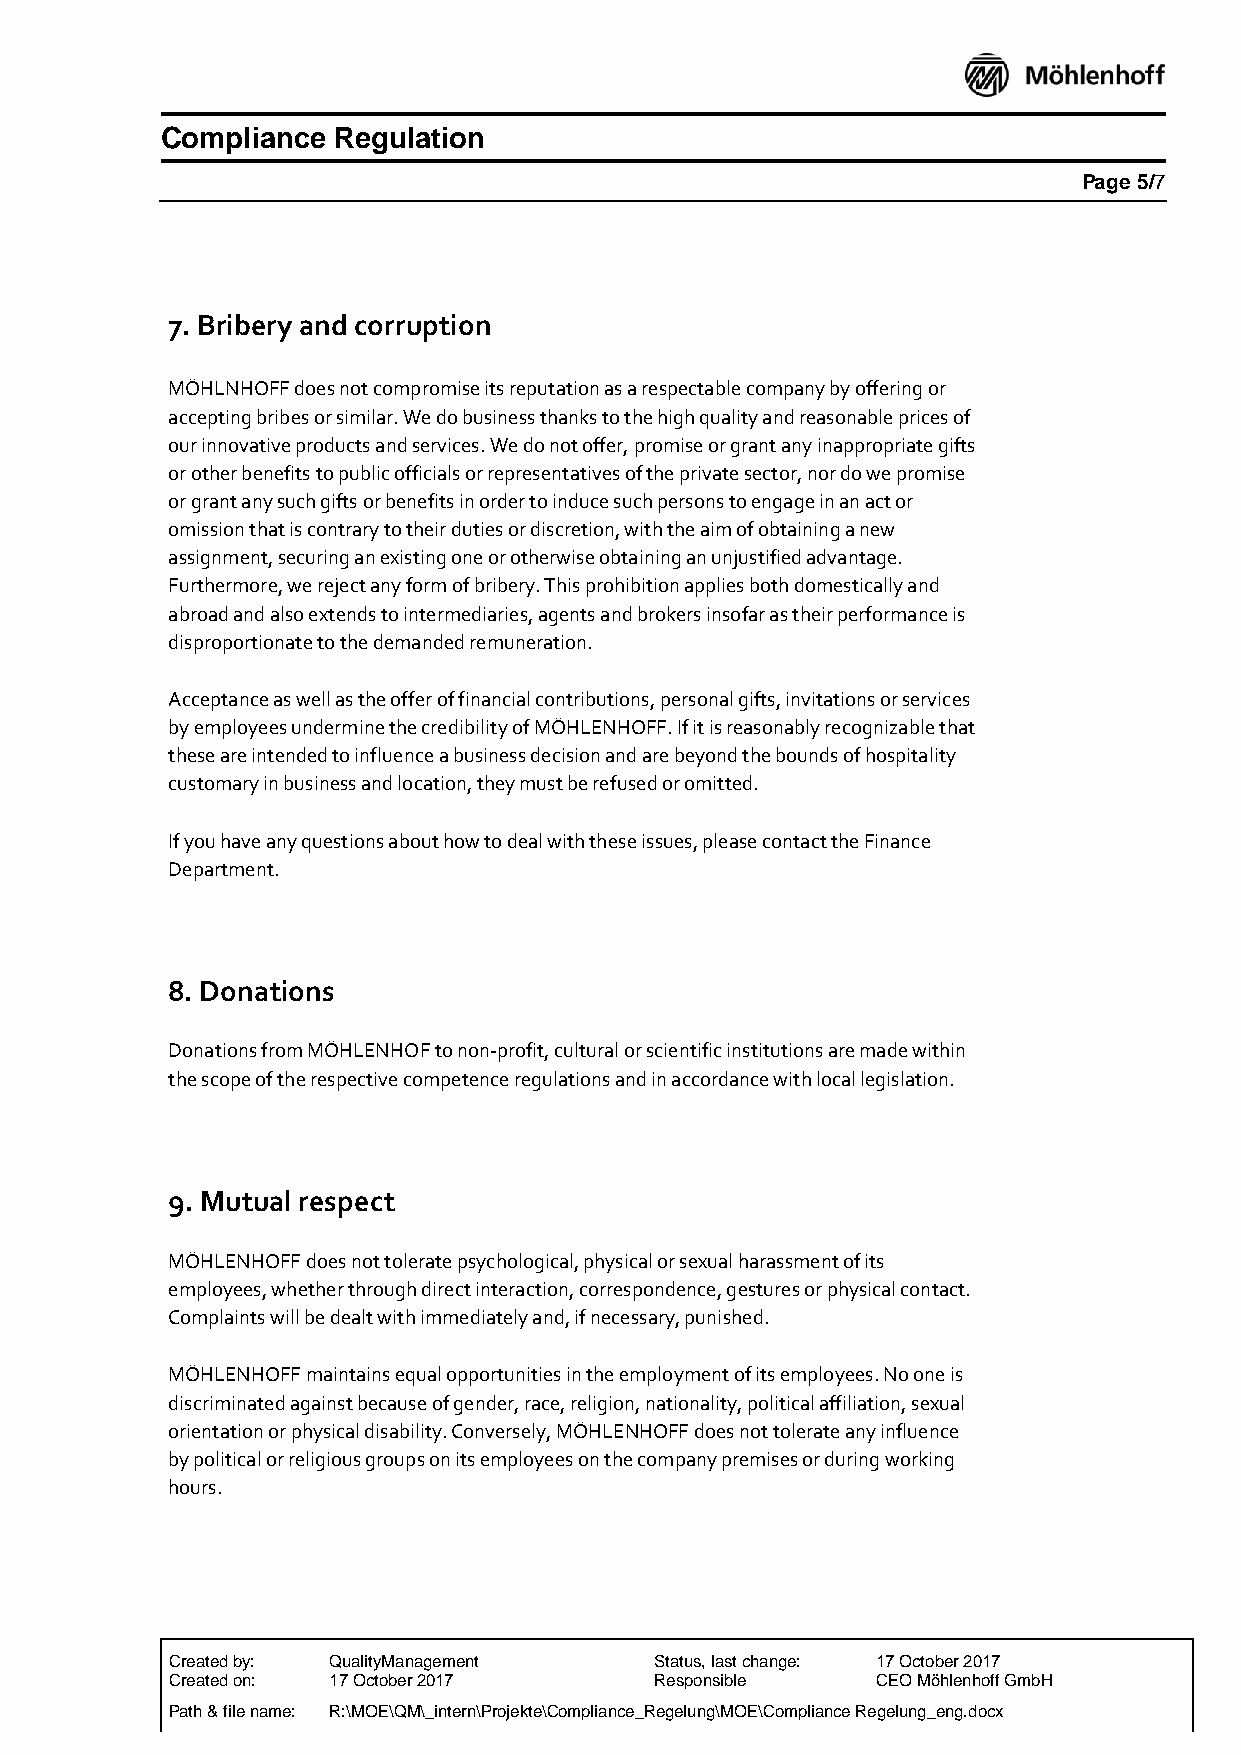
Compliance Regulation
 Page 5/7
 7. Bribery and corruption
 MÖHLNHOFF does not compromise its reputation as a respectable company by offering or
 accepting bribes or similar. We do business thanks to the high quality and reasonable prices of
 our innovative products and services. We do not offer, promise or grant any inappropriate gifts
 or other benefits to public officials or representatives of the private sector, nor do we promise
 or grant any such gifts or benefits in order to induce such persons to engage in an act or
 omission that is contrary to their duties or discretion, with the aim of obtaining a new
 assignment, securing an existing one or otherwise obtaining an unjustified advantage.
 Furthermore, we reject any form of bribery. This prohibition applies both domestically and
 abroad and also extends to intermediaries, agents and brokers insofar as their performance is
 disproportionate to the demanded remuneration.
 Acceptance as well as the offer of financial contributions, personal gifts, invitations or services
 by employees undermine the credibility of MÖHLENHOFF. If it is reasonably recognizable that
 these are intended to influence a business decision and are beyond the bounds of hospitality
 customary in business and location, they must be refused or omitted.
 If you have any questions about how to deal with these issues, please contact the Finance
 Department.
 8. Donations
 Donations from MÖHLENHOF to non-profit, cultural or scientific institutions are made within
 the scope of the respective competence regulations and in accordance with local legislation.
 9. Mutual respect
 MÖHLENHOFF does not tolerate psychological, physical or sexual harassment of its
 employees, whether through direct interaction, correspondence, gestures or physical contact.
 Complaints will be dealt with immediately and, if necessary, punished.
 MÖHLENHOFF maintains equal opportunities in the employment of its employees. No one is
 discriminated against because of gender, race, religion, nationality, political affiliation, sexual
 orientation or physical disability. Conversely, MÖHLENHOFF does not tolerate any influence
 by political or religious groups on its employees on the company premises or during working
 hours.
 Created by: QualityManagement   Status, last change: 17 October 2017
 Created on: 17 October 2017     Responsible    CEO Möhlenhoff GmbH
 Path & file name: R:\MOE\QM\_intern\Projekte\Compliance_Regelung\MOE\Compliance Regelung_eng.docx